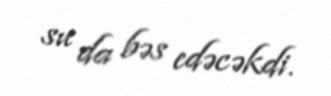
su da bəs edəcəkdi.